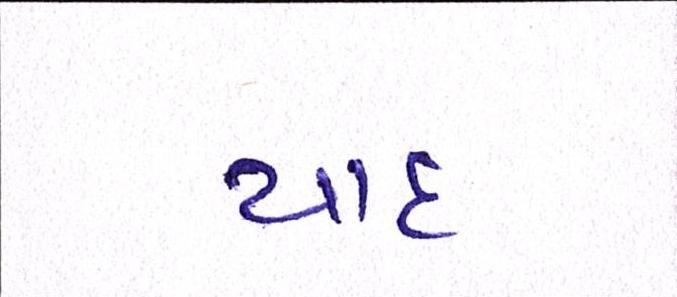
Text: યાદ